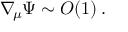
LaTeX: \nabla _ { \! \mu } \Psi \sim { \cal O } ( 1 ) \, .